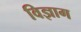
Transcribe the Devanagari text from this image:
विज्ञाग